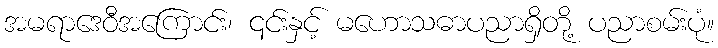
အမရာဒေဝီအကြောင်း၊ ၎င်းနှင့် မဟောသဓာပညာရှိတို့ ပညာစမ်းပုံ။